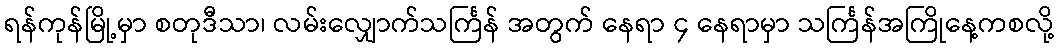
ရန်ကုန်မြို့မှာ စတုဒီသာ၊ လမ်းလျှောက်သင်္ကြန် အတွက် နေရာ ၄ နေရာမှာ သင်္ကြန်အကြိုနေ့ကစလို့